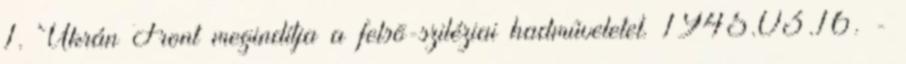
1. Ukrán Front megindítja a felsõ-sziléziai hadmûveletet. 1945.03.16. -